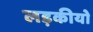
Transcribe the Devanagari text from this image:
लड़कीयो